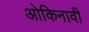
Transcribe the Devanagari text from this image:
ओकिनावी